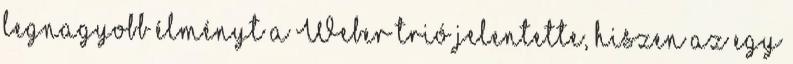
legnagyobb élményt a Weber trió jelentette, hiszen az egy